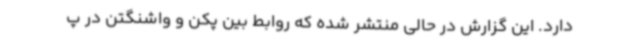
دارد. این گزارش در حالی منتشر شده که روابط بین پکن و واشنگتن در پ